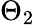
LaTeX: \Theta_{2}